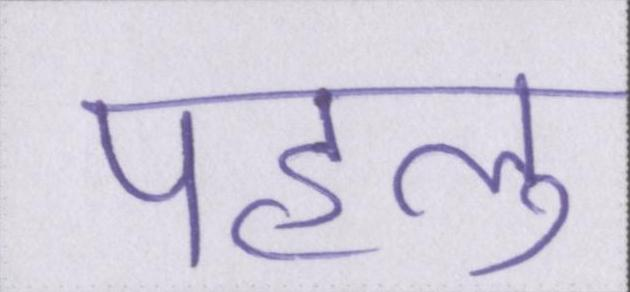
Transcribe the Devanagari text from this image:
पहलु